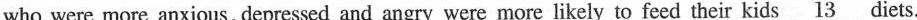
who were more anxious, depressed and angry were more likely to feed their kids \underline{13} diets.